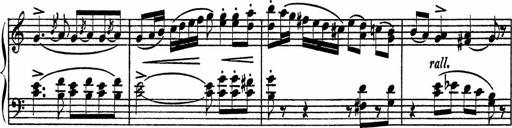
Title: Piano Sonatinas
Composer: Charles Fradel